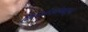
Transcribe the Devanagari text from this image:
शिलालेखांपासून